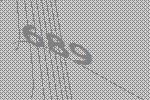
689